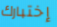
إختبارك